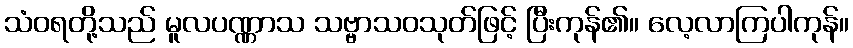
သံဝရတို့သည် မူလပဏ္ဏာသ သဗ္ဗာသဝသုတ်ဖြင့် ပြီးကုန်၏။ လေ့လာကြပါကုန်။